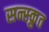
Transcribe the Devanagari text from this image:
सन्स्क्रुत